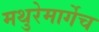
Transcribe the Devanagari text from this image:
मथुरेमार्गेच